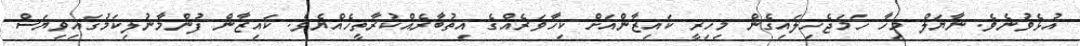
އުޅެވުނެވެ. ނާޔަލް މިހާ ހަމަޖެހިލައިގެން މިހިރީ ކައިޒާންއަށް ކިހާވަރެއްގެ އިތުބާރެއްކުރާތީހެއްޔެވެ. ކައިޒާން ފުންމާނުލިކަމުގައިވިޔަސް